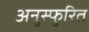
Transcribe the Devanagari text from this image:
अनुस्फुरित